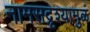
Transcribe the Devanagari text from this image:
नामसद्रृश्यामुळं